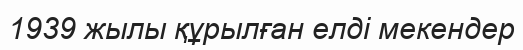
1939 жылы құрылған елді мекендер